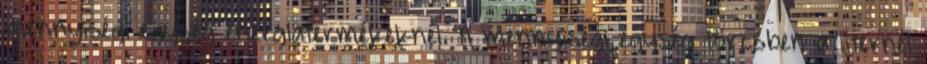
mennyiségi egység energiatermékeknél. A mennyiségi egység törzsben a liternél